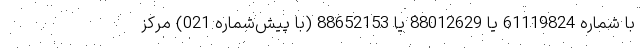
با شماره 61119824 یا 88012629 یا 88652153 (با پیش‌شماره 021) مرکز